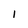
Character: 1